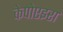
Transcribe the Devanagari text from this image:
केपोएइरा